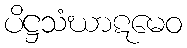
ပိဋ္ဌသံဃာဋမေဝ